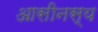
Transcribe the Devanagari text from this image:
आसीनस्य